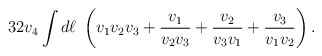
\begin{align*}32v_4\int {d\ell}\; \left( v_1v_2v_3+{v_1\over v_2v_3} +{v_2\over v_3v_1}+{v_3\over v_1v_2}\right) .\end{align*}